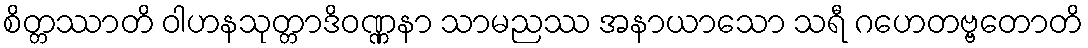
စိတ္တဿာတိ ဝါဟနသုတ္တာဒိဝဏ္ဏနာ သာမညဿ အနာယာသော သရီ ဂဟေတဗ္ဗတောတိ